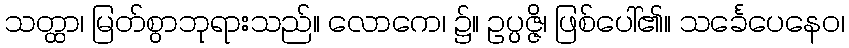
သတ္ထာ၊ မြတ်စွာဘုရားသည်။ လောကေ၊ ၌။ ဥပ္ပဇ္ဇိ၊ ဖြစ်ပေါ်၏။ သင်္ခေပေနေဝ၊